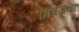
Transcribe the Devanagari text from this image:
मिचलना